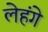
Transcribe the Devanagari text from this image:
लेहंगे